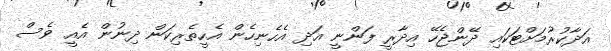
އަދާކުރުމަށްޓަކައި ދޭންޖެހޭ އިދާރީ ފަންނީ އަދި އެހެނިހެން އެހީތެރިކަން ދިނުން އެއީ ވެސް